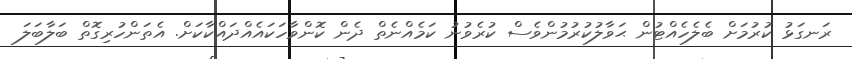
ރަނގަޅު ކުރުމަށް ބެލެހެއްޓުން ޙަވާލުކުރުމުންވެސް ކުރެވުނު ކަމެއްނެތް ދެން ކޮންވާހަކައެއްދައްކާކަށް. އެތަންހުރިގޮތް ބަލާބަލަ